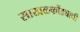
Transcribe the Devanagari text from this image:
साखळकोंड्याची